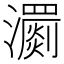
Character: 瀱